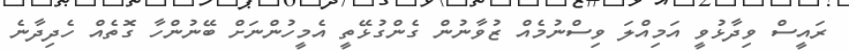
ރައީސް ވިދާޅުވީ އަމިއްލަ ވިސްނުމެއް ޒުވާނުން ގެންގުޅޭތީ އެމީހުންނަށް ބޭނުންހާ ގޮތެއް ހެދިދާނެ